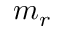
m _ { r }